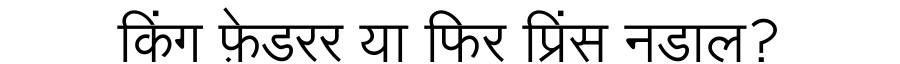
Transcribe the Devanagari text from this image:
किंग फ़ेडरर या फिर प्रिंस नडाल?